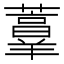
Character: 𰲏